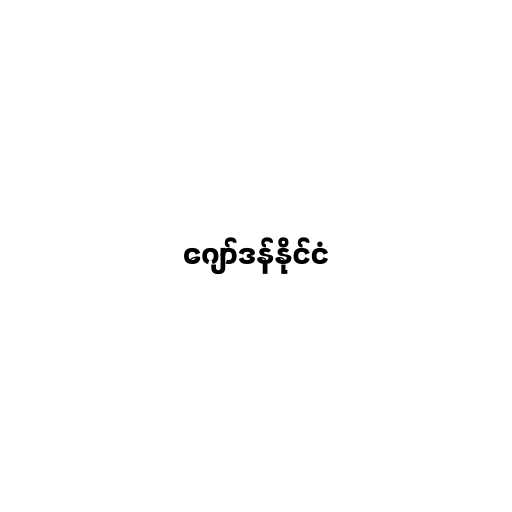
ဂျော်ဒန်နိုင်ငံ